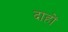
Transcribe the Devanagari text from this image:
दाहों